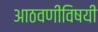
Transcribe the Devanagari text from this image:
आठवणींविषयी